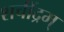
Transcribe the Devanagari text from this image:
शचींद्रम्